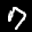
Label: 7